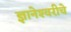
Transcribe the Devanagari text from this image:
ज्ञानेश्‍वरीचे